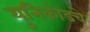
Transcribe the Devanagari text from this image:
युनिकोडचे